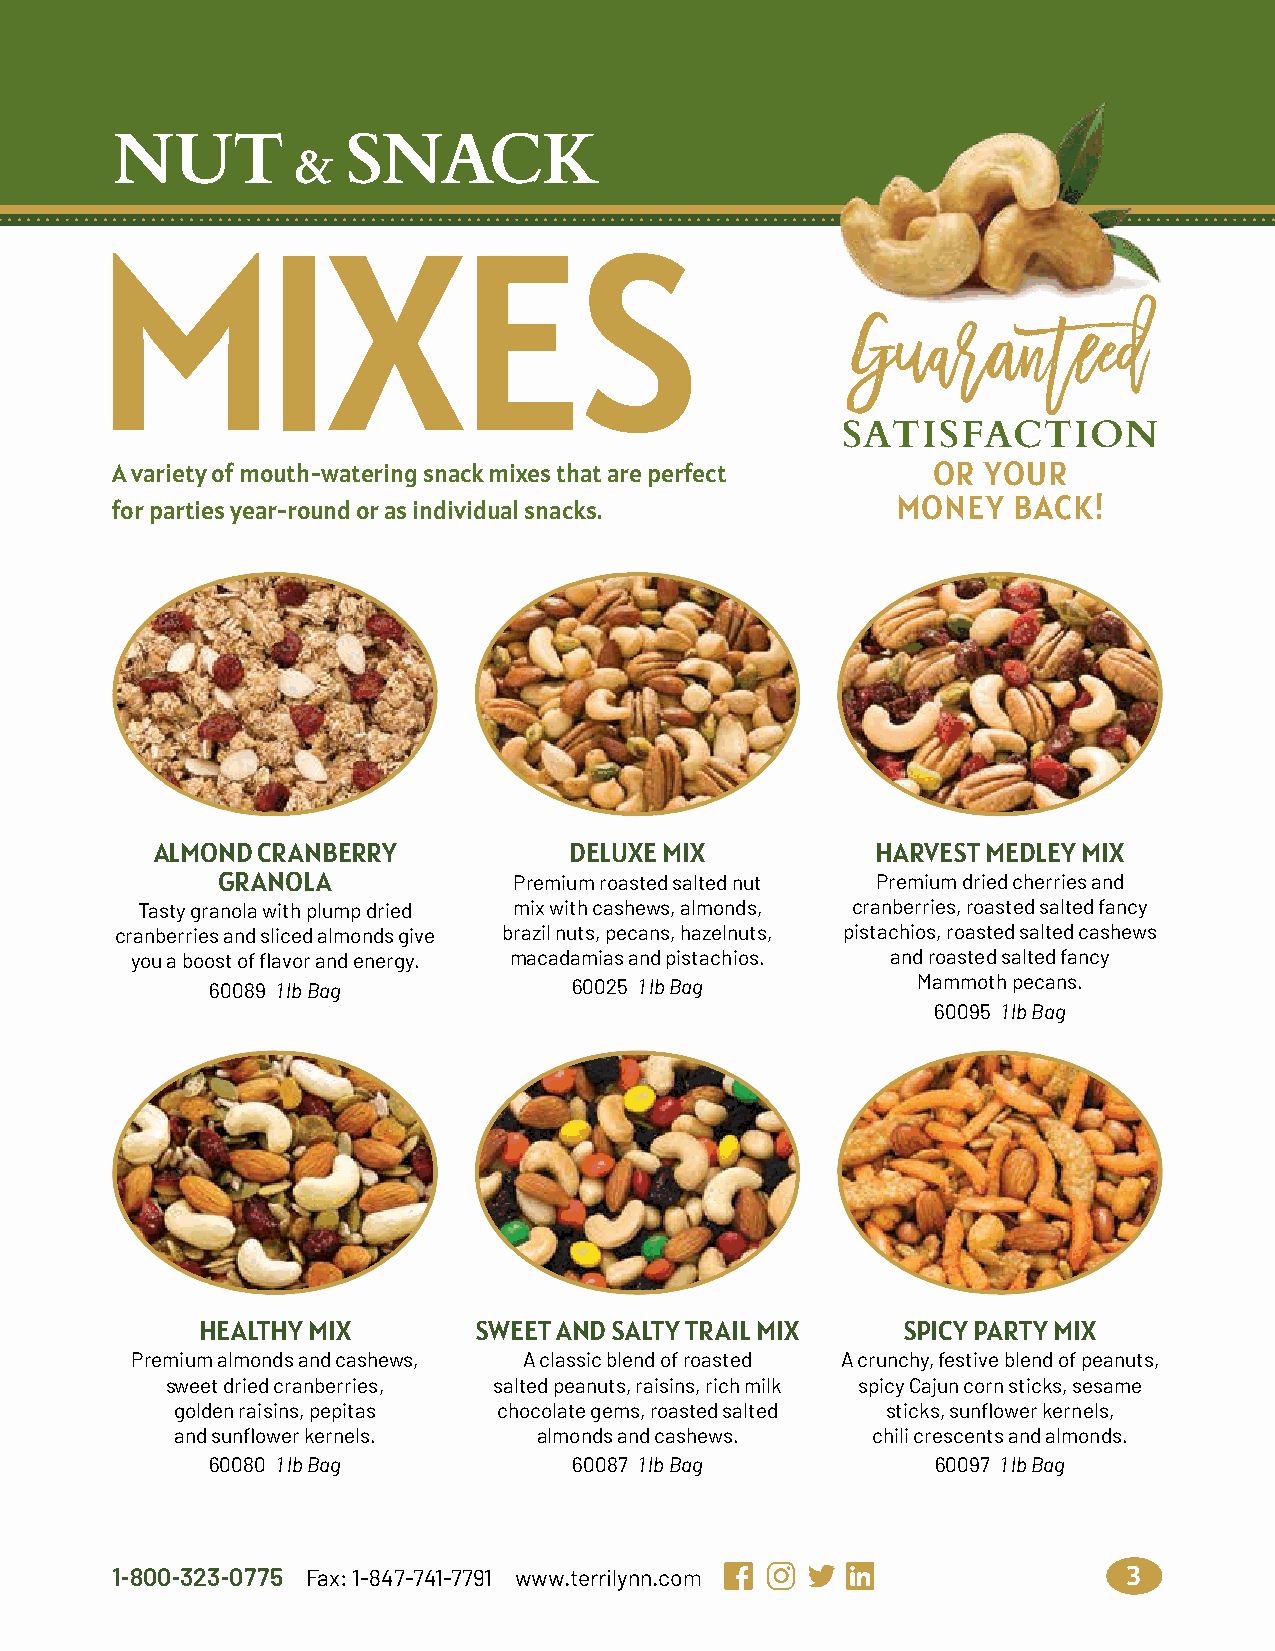
NUT             SNACK
 &
 MIXES
 Guaranteed
 SATISFACTION
 A variety of mouth-watering snack mixes that are perfect OR YOUR
 for parties year-round or as individual snacks.     MONEY   BACK!
 ALMOND CRANBERRY            DELUXE MIX          HARVEST MEDLEY MIX
 GRANOLA             Premium roasted salted nut Premium dried cherries and
 Tasty granola with plump dried mix with cashews, almonds, cranberries, roasted salted fancy
 cranberries and sliced almonds give brazil nuts, pecans, hazelnuts, pistachios, roasted salted cashews
 you a boost of flavor and energy. macadamias and pistachios. and roasted salted fancy
 60089 1 lb Bag          60025 1 lb Bag         Mammoth pecans.
 60095 1 lb Bag
 HEALTHY MIX       SWEET AND SALTY TRAIL MIX    SPICY PARTY MIX
 Premium almonds and cashews, A classic blend of roasted A crunchy, festive blend of peanuts,
 sweet dried cranberries, salted peanuts, raisins, rich milk spicy Cajun corn sticks, sesame
 golden raisins, pepitas chocolate gems, roasted salted sticks, sunflower kernels,
 and sunflower kernels.  almonds and cashews.  chili crescents and almonds.
 60080 1 lb Bag          60087 1 lb Bag          60097 1 lb Bag
 1-800-323-0775 Fax: 1-847-741-7791 www.terrilynn.com                3